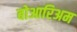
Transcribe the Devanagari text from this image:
बोआरिअम